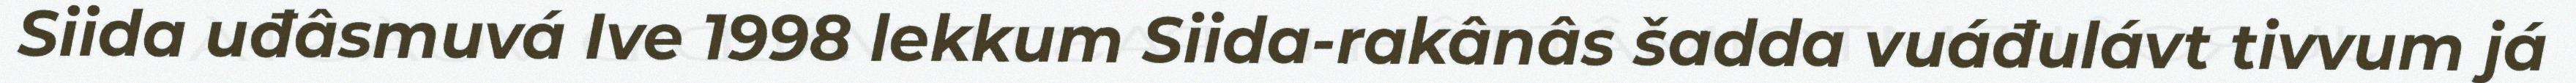
Siida uđâsmuvá Ive 1998 lekkum Siida-rakânâs šadda vuáđulávt tivvum já